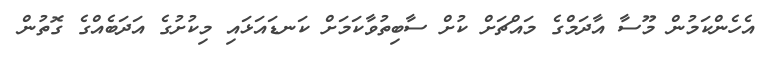
އެހެންކަމުން މޫސާ އާދަމްގެ މައްޗަށް ކުށް ސާބިތުވާކަމަށް ކަނޑައަޅައި މިކުށުގެ އަދަބެއްގެ ގޮތުން